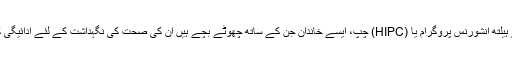
بچوں کے ہیلتھ انشورنس پروگرام یا (HIPC) چپ، ایسے خاندان جن کے ساتھ چھوٹے بچے ہیں ان کی صحت کی نگہداشت کے لئے ادائیگی کرتا ہے ۔